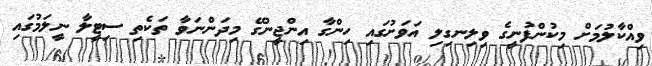
ވިއްކާލުމަށް މިކުންފުނީގެ ވިލިނގިލި އަވަށުގައި ހިންގާ އިންޖީނުގޭ މިދަންނަވާ ތަކެތި ސިޓީލާ ނީލަމުގައި